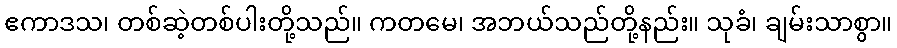
ဧကာဒသ၊ တစ်ဆဲ့တစ်ပါးတို့သည်။ ကတမေ၊ အဘယ်သည်တို့နည်း။ သုခံ၊ ချမ်းသာစွာ။